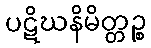
ပဋိဃနိမိတ္တဉ္စ